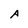
Character: A